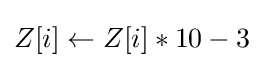
Z[i]\gets Z[i]*10-3